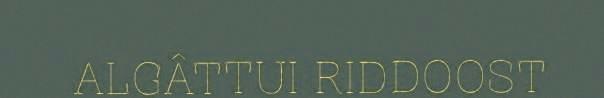
ALGÂTTUI RIDDOOST